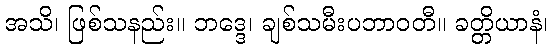
အသိ၊ ဖြစ်သနည်း။ ဘဒ္ဒေ၊ ချစ်သမီးပဘာဝတီ။ ခတ္တိယာနံ၊